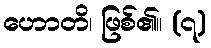
ဟောတိ၊ ဖြစ်၏။ (၇)